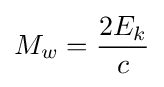
M_{w}={\frac {2E_{k}}{c}}